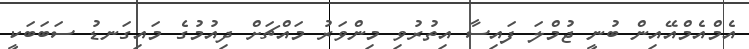
އެމްއެމްއޭއިން ބުނީ ޖުމްލަ ފައިސާ އިތުރުވި މިންވަރު މައްޗަށް ދިއުމުގެ މައިގަނޑު ސަބަބަކީ